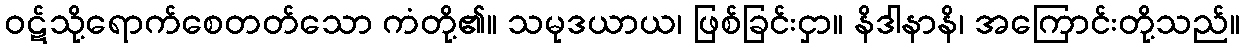
ဝဋ်သို့ရောက်စေတတ်သော ကံတို့၏။ သမုဒယာယ၊ ဖြစ်ခြင်းငှာ။ နိဒါနာနိ၊ အကြောင်းတို့သည်။